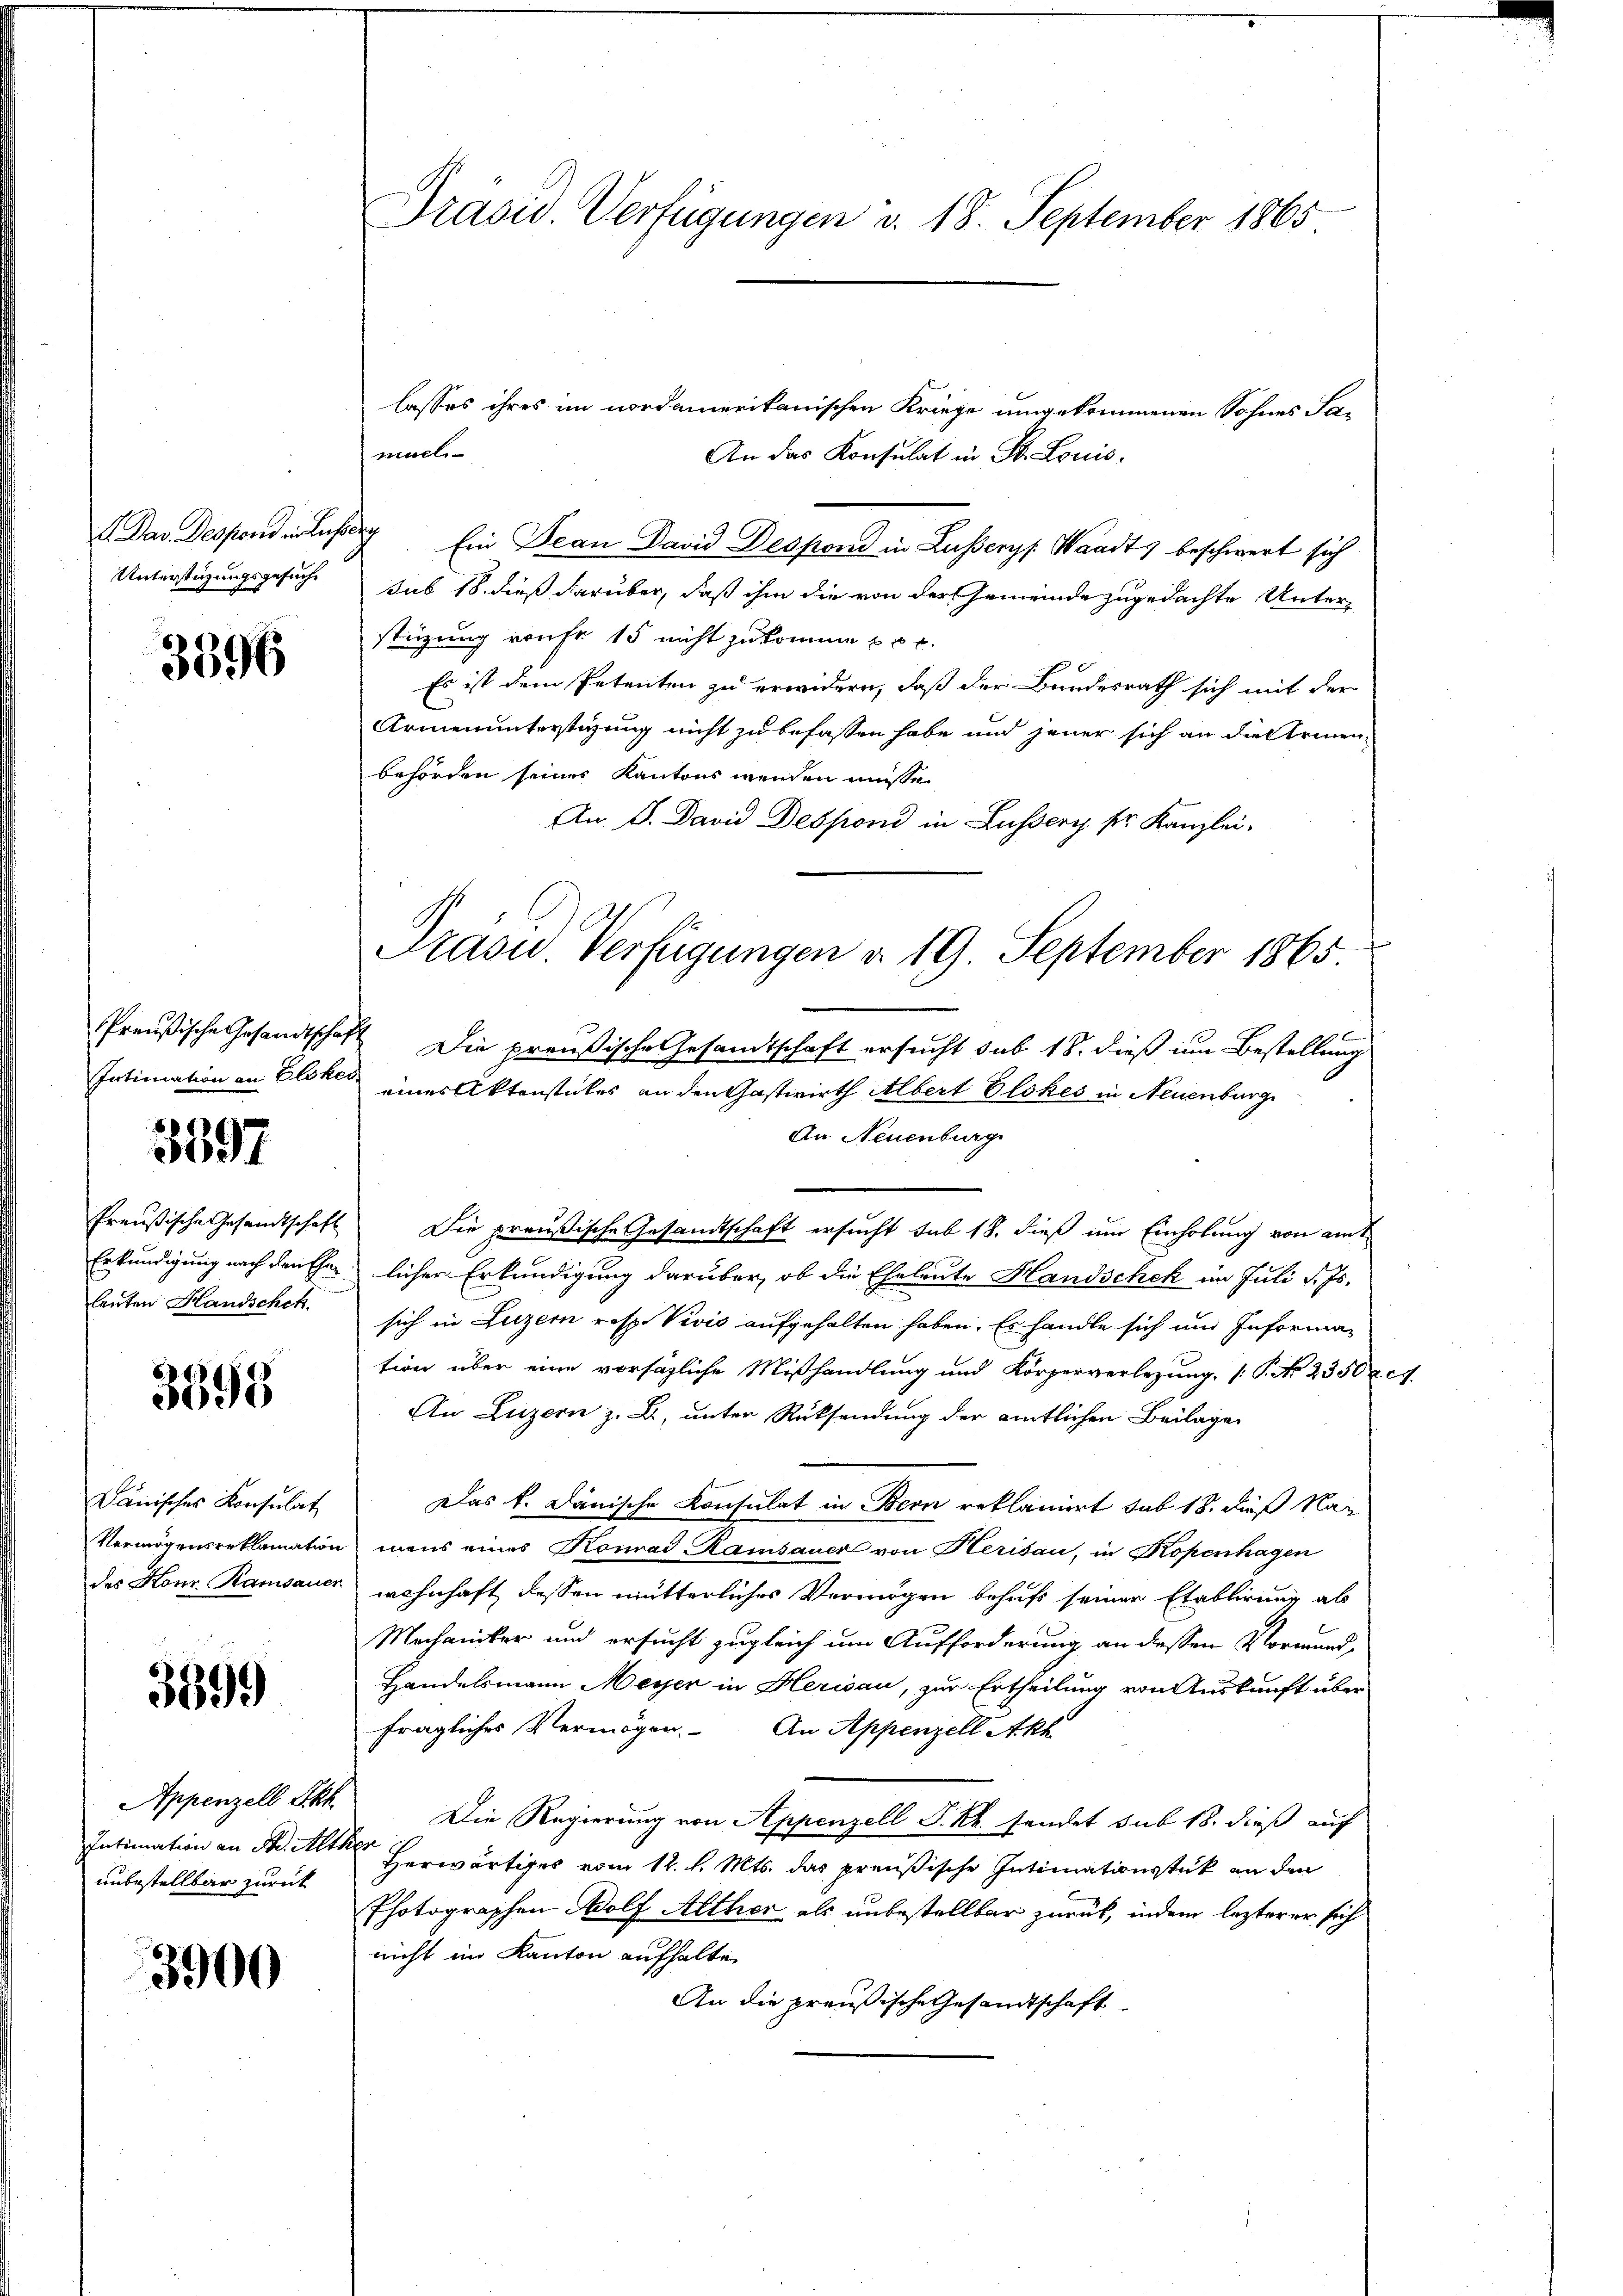
3396

3897

leuten Handschek

3398

Dänisches Konsulat

3899

Appenzell Ekk
Intimation an Sr. Altken
unbestellbar zurück

3900

Präsid. Verfügungen d. 18. September 1865

lasses ihres im nordamerikanischen Kriege umgekommenen Sohnes Fa-
An das Konsulat in St. Louis.
 Das Despond in des Ein Jean David Despond in Lusserys Waadt) beschwert sich
Unterstüzungsgesuch sub 18. dieß darüber, daß ihm die von der Gemeinde zugedachte Unter-
stüzung vonfr 15 nicht zukomme & pr.
Es ist dem Petenten zu erwidern, daß der Bundesrath sich mit der
Armenunterstigung nicht zu befassen habe und jener sich an die Serien-
behörden seines Kantons wenden müsse
An V. David Despond in Lussery sr. Kanzlei.
Preußische Gesandtschaft Die preußische Gesandtschaft ersucht sub 18. dieß im Bestellung
An Neuenburg
Preußische Gesandtschaft. Die preußische Gesandtschaft ersucht sub 18. dieß um Einholung von amt
Erkundigung nach den Eherlicher Erkundigung darüber, ob die Eheleute Handschek im Juli d. Js.
sich in Luzern resp. Vivis aufgehalten haben. Es handle sich und Information über eine vorsägliche Mißhandlung und Körperverlegung. (P No 2350:
An Luzern z. B. unter Rücksendung der amtlichen Beilage
Das k. Dänische Konsulat in Bern reklamiert sub 18. dieß Nac
Vermögensreklamation mans eines Konrad Ramsauer von Herisau, in Kopenhagen
des Konr. Ramsauer wohnhaft dessen mütterliches Vermögen behufs seiner Etablirung ab
Mechaniker und ersucht zugleich um Aufforderung an dessen Vormund-
Handelsmann Meyer in Herisau, zur Ertheilung von Auskunft über
fragliches Vermögen. An Appenzell Akh
Die Regierung von Appenzell S. R. sendet sub 18. dieß auf
Herwärtiges vom 12. d. Mts. das preußische Intimationsstück an den
Photographen Wolf Alther als unbestellter zurück, indem lezterer sich
nicht im Kanton aufhalten
An die preußische Gesandtschaft

muel

Präsid. Verfügungen d. 19. September 1865.

Intimation an Elsker eines Aktenstückes an den Gastwirth Albert Elokes in Neuenburg